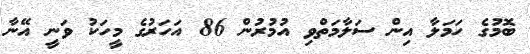
ބޮމުގެ ހަަމަލާ އިން ސަލާމަތްވި އުމުރުން 86 އަހަރުގެ މީހަކު ވަނީ އޭނާ